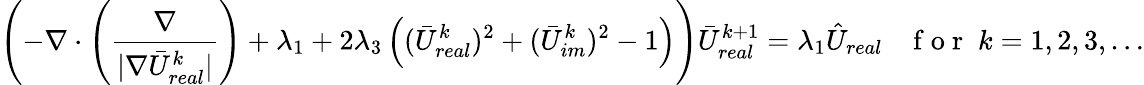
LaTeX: \left(-\nabla\cdot\left(\frac{\nabla}{|\nabla\bar{U}_{real}^{k}|}\right)+\lambda_{1}+2\lambda_{3}\left((\bar{U}_{real}^{k})^{2}+(\bar{U}_{im}^{k})^{2}-1\right)\right)\bar{U}_{real}^{k+1}=\lambda_{1}\hat{U}_{real}\; \; \; \mathrm{~f~o~r~}\; k=1,2,3,\ldots